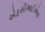
એફસીઆઈએસ